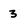
Character: 3